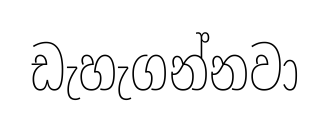
ඩැහැගන්නවා